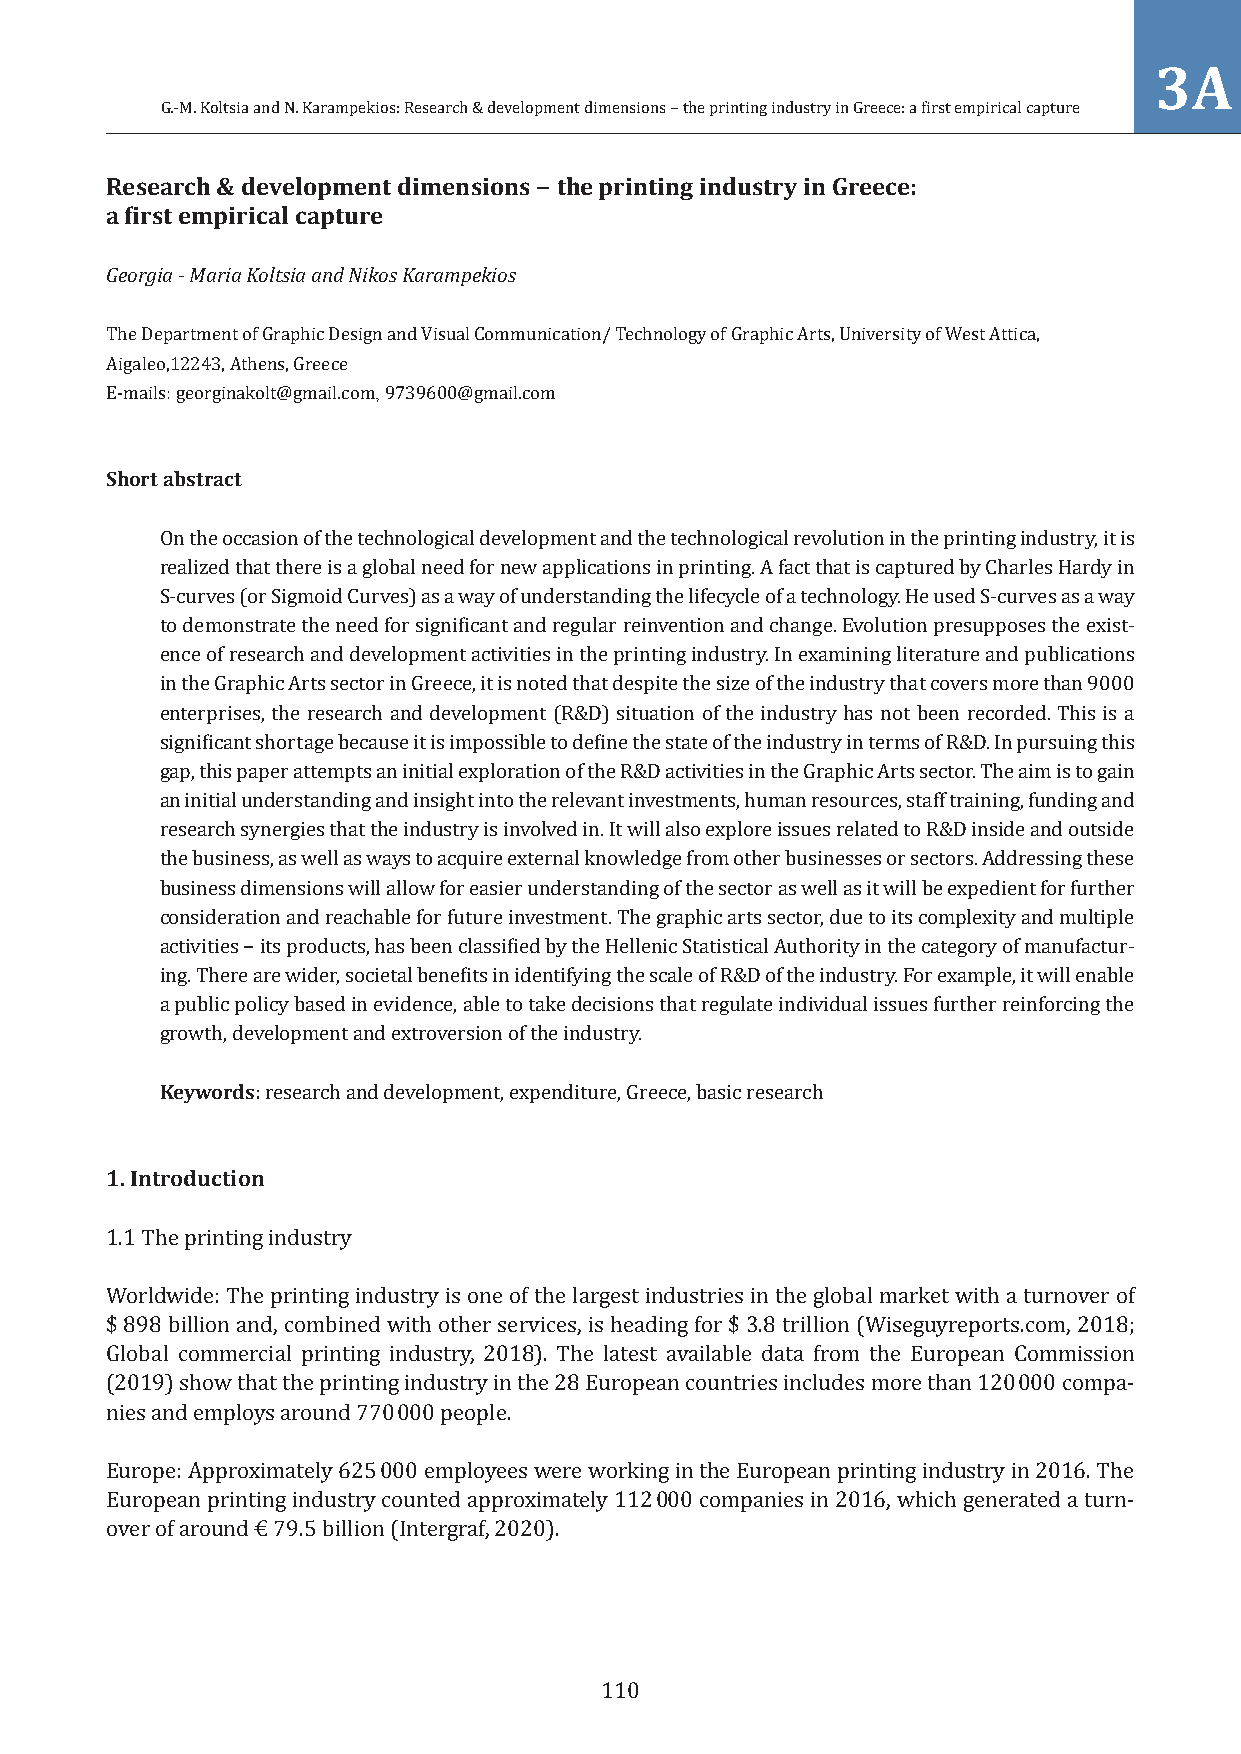
3A
 G.-M. Koltsia and N. Karampekios: Research & development dimensions − the printing industry in Greece: a first empirical capture
 Research & development dimensions − the printing industry in Greece:
 a first empirical capture
 Georgia - Maria Koltsia and Nikos Karampekios
 The Department of Graphic Design and Visual Communication/ Technology of Graphic Arts, University of West Attica,
 Aigaleo,12243, Athens, Greece
 E-mails: georginakolt@gmail.com, 9739600@gmail.com
 Short abstract
 On the occasion of the technological development and the technological revolution in the printing industry, it is
 realized that there is a global need for new applications in printing. A fact that is captured by Charles Hardy in
 S-curves (or Sigmoid Curves) as a way of understanding the lifecycle of a technology. He used S-curves as a way
 to demonstrate the need for significant and regular reinvention and change. Evolution presupposes the exist-
 ence of research and development activities in the printing industry. In examining literature and publications
 in the Graphic Arts sector in Greece, it is noted that despite the size of the industry that covers more than 9000
 enterprises, the research and development (R&D) situation of the industry has not been recorded. This is a
 significant shortage because it is impossible to define the state of the industry in terms of R&D. In pursuing this
 gap, this paper attempts an initial exploration of the R&D activities in the Graphic Arts sector. The aim is to gain
 an initial understanding and insight into the relevant investments, human resources, staff training, funding and
 research synergies that the industry is involved in. It will also explore issues related to R&D inside and outside
 the business, as well as ways to acquire external knowledge from other businesses or sectors. Addressing these
 business dimensions will allow for easier understanding of the sector as well as it will be expedient for further
 consideration and reachable for future investment. The graphic arts sector, due to its complexity and multiple
 activities − its products, has been classified by the Hellenic Statistical Authority in the category of manufactur-
 ing. There are wider, societal benefits in identifying the scale of R&D of the industry. For example, it will enable
 a public policy based in evidence, able to take decisions that regulate individual issues further reinforcing the
 growth, development and extroversion of the industry.
 Keywords: research and development, expenditure, Greece, basic research
 1.Introduction
 1.1 The printing industry
 Worldwide: The printing industry is one of the largest industries in the global market with a turnover of
 $ 898 billion and, combined with other services, is heading for $ 3.8 trillion (Wiseguyreports.com, 2018;
 Global commercial printing industry, 2018). The latest available data from the European Commission
 (2019) show that the printing industry in the 28 European countries includes more than 120 000 compa-
 nies and employs around 770 000 people.
 Europe: Approximately 625 000 employees were working in the European printing industry in 2016. The
 European printing industry counted approximately 112 000 companies in 2016, which generated a turn-
 over of around € 79.5 billion (Intergraf, 2020).
 110